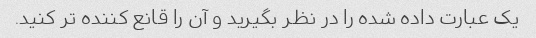
یک عبارت داده شده را در نظر بگیرید و آن را قانع کننده تر کنید.